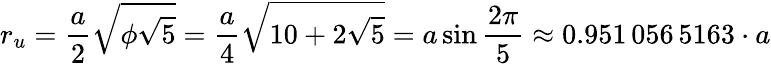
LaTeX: r_{u}={\frac{a}{2}}{\sqrt{\phi{\sqrt{5}}}}={\frac{a}{4}}{\sqrt{10+2{\sqrt{5}}}}=a\sin{\frac{2\pi}{5}}\approx 0.951\, 056\, 5163\cdot a